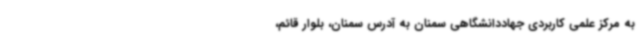
به مرکز علمی کاربردی جهاددانشگاهی سمنان به آدرس سمنان، بلوار قائم،